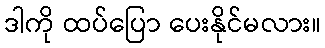
ဒါကို ထပ်ပြော ပေးနိုင်မလား။